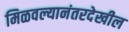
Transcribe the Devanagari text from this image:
मिळवल्यानंतरदेखील